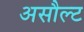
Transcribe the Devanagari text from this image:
असौल्ट